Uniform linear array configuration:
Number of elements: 48
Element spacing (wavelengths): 0.75
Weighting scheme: hann
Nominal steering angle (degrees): -15
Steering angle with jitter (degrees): -14.319
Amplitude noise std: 0.05
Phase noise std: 0.05

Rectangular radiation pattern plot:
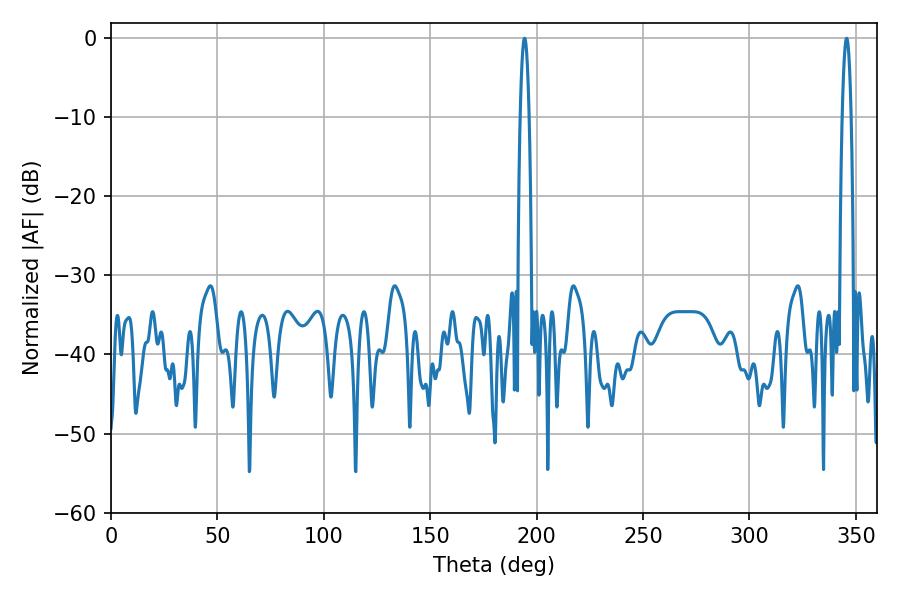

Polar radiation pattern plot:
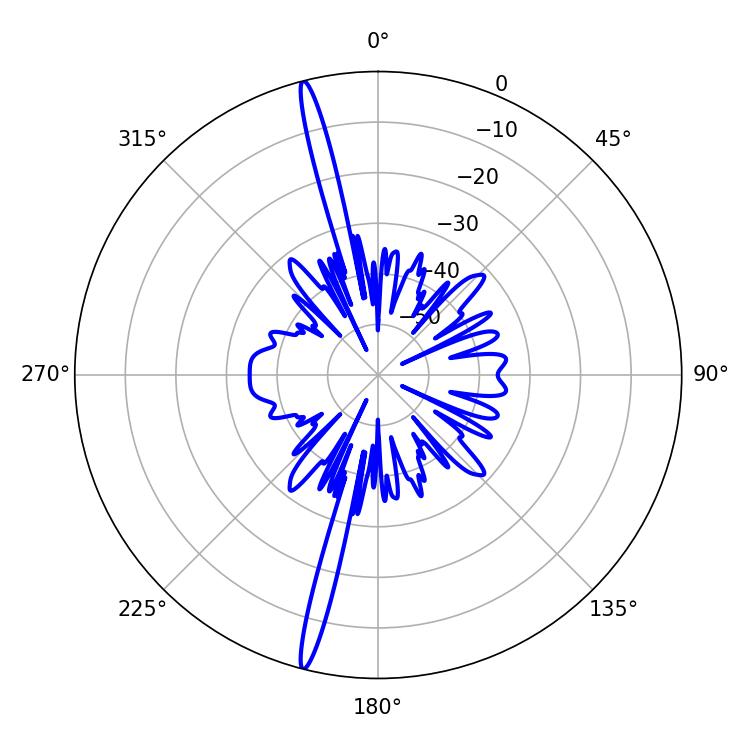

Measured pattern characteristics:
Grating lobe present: TRUE
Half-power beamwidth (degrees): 2.34
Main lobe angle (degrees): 345.6